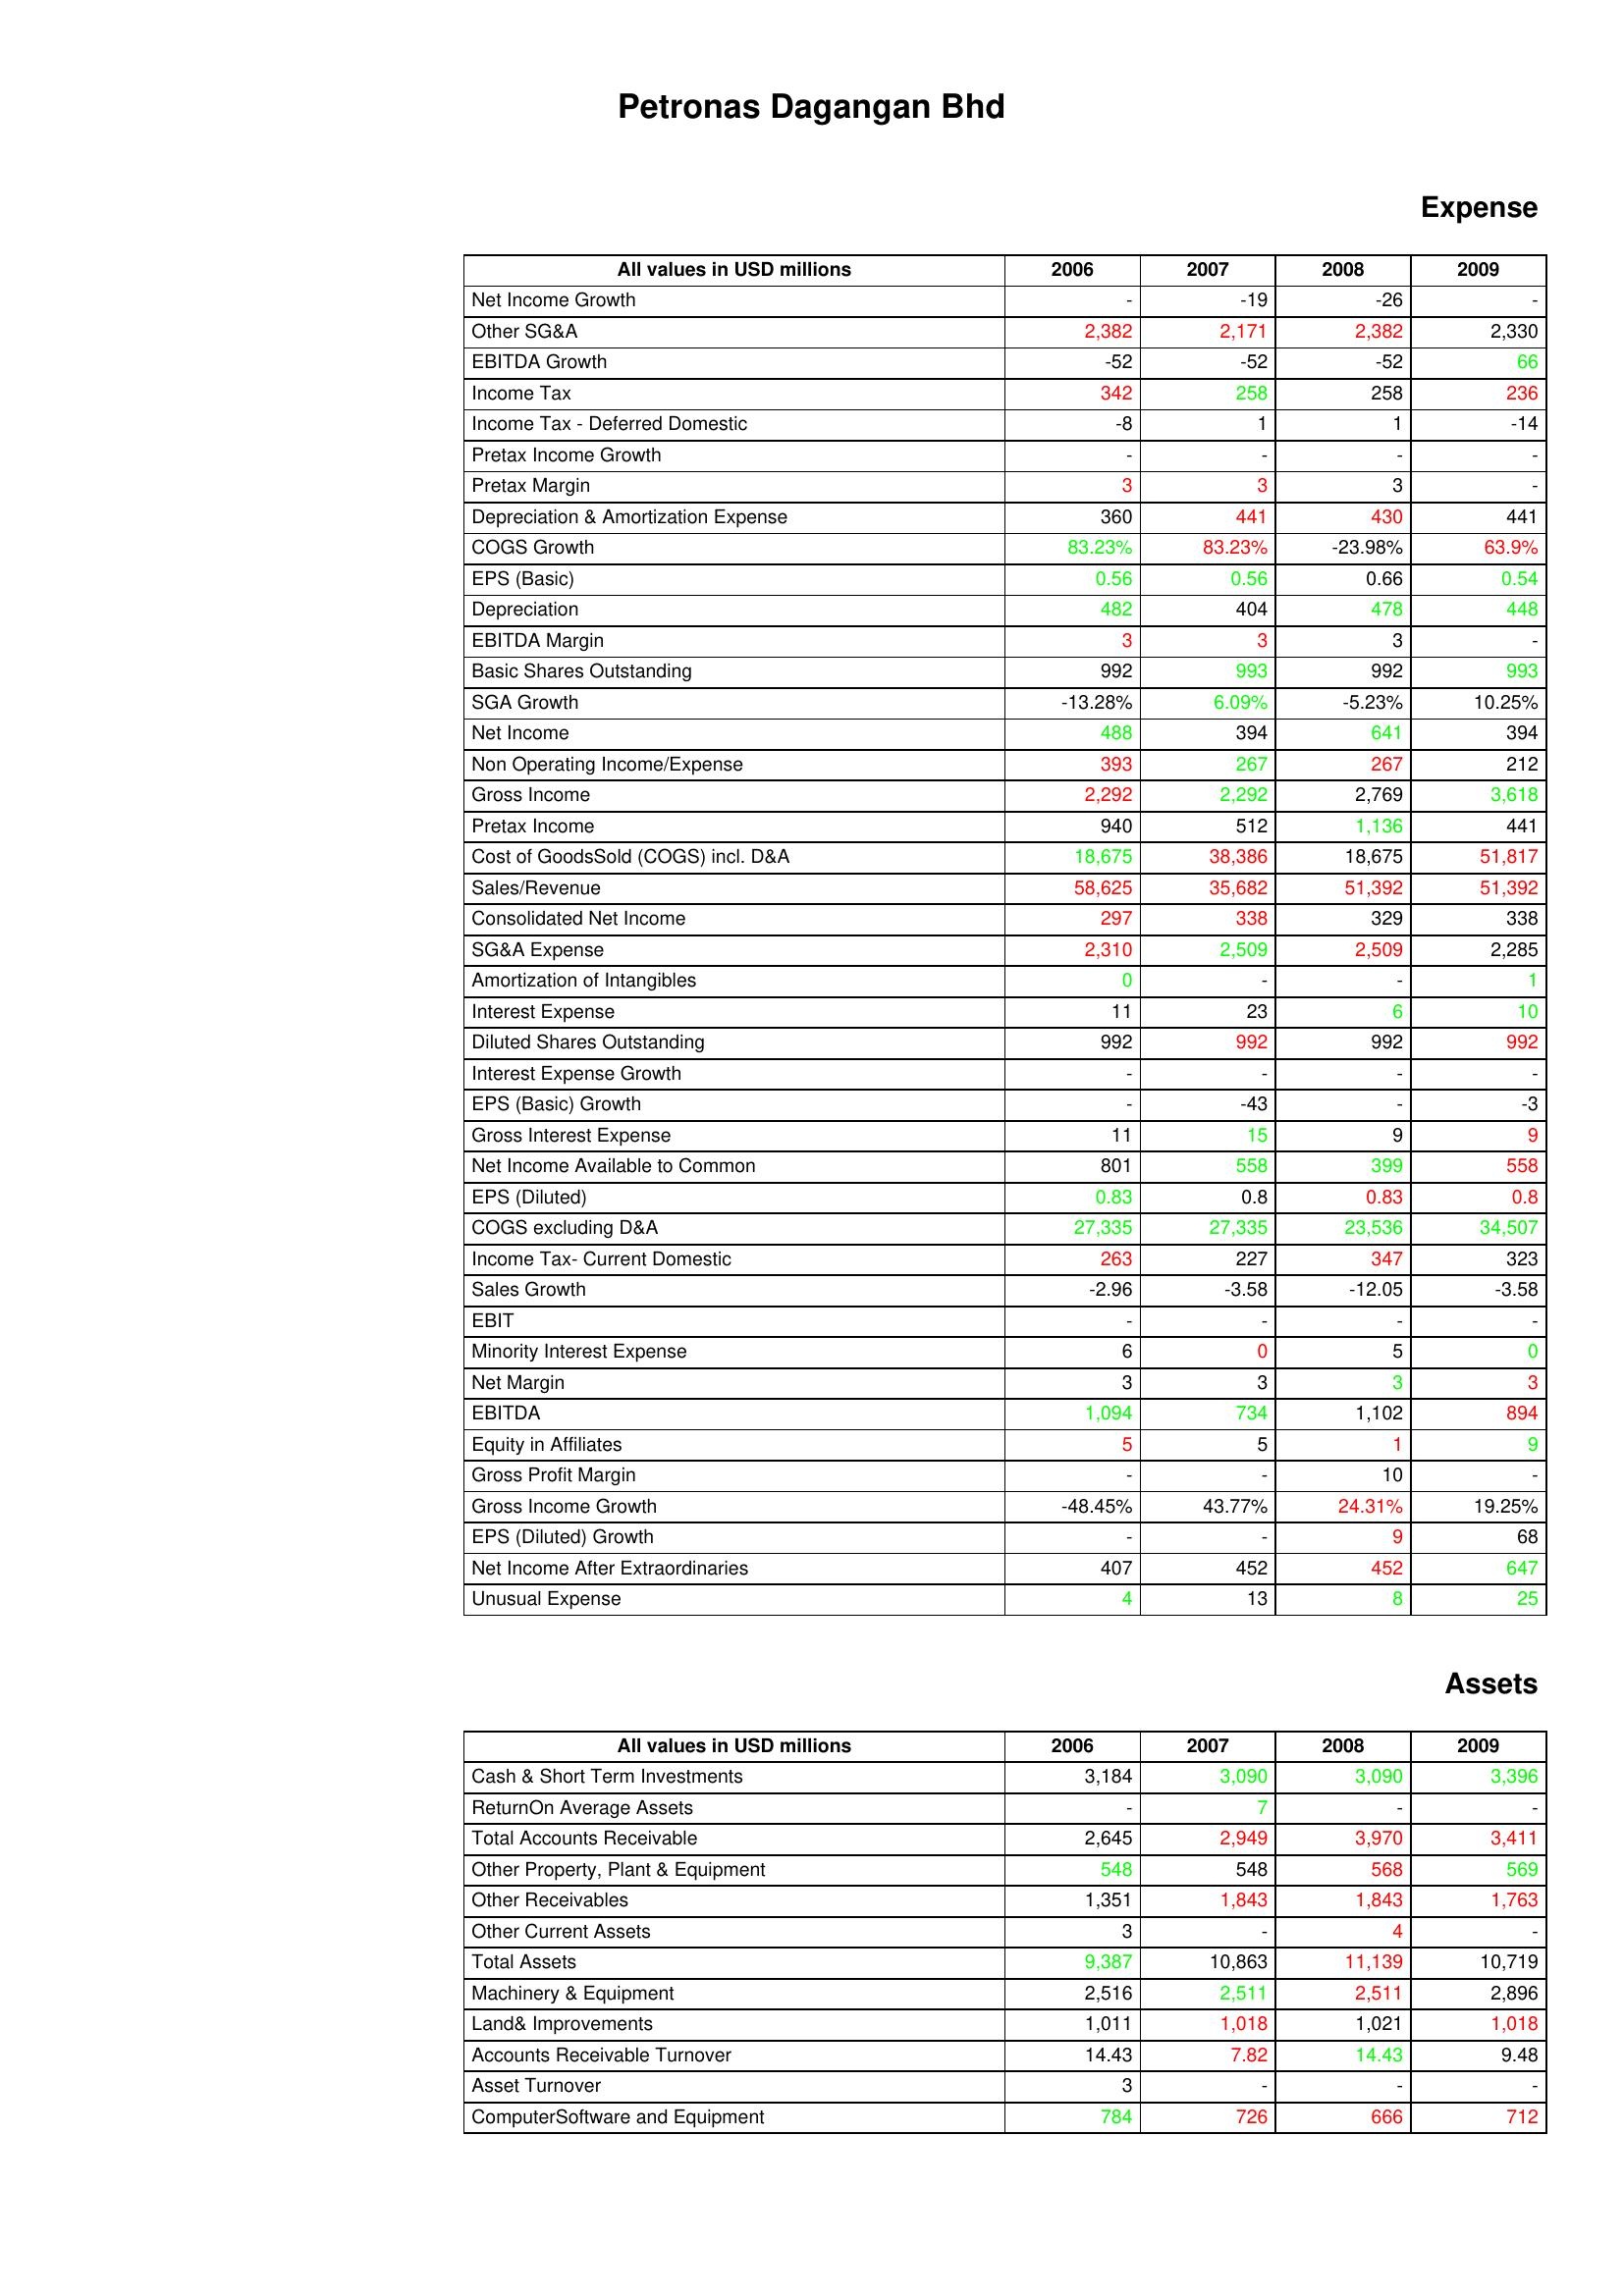
gt_parse: 2006: Expense: Net Income Growth: -
Other SG&A: 2,382
EBITDA Growth: -52
Income Tax: 342
Income Tax - Deferred Domestic: -8
Pretax Income Growth: -
Pretax Margin: 3
Depreciation & Amortization Expense: 360
COGS Growth: 83.23%
EPS (Basic): 0.56
Depreciation: 482
EBITDA Margin: 3
Basic Shares Outstanding: 992
SGA Growth: -13.28%
Net Income: 488
Non Operating Income/Expense: 393
Gross Income: 2,292
Pretax Income: 940
Cost of GoodsSold (COGS) incl. D&A: 18,675
Sales/Revenue: 58,625
Consolidated Net Income: 297
SG&A Expense: 2,310
Amortization of Intangibles: 0
Interest Expense: 11
Diluted Shares Outstanding: 992
Interest Expense Growth: -
EPS (Basic) Growth: -
Gross Interest Expense: 11
Net Income Available to Common: 801
EPS (Diluted): 0.83
COGS excluding D&A: 27,335
Income Tax- Current Domestic: 263
Sales Growth: -2.96
EBIT: -
Minority Interest Expense: 6
Net Margin: 3
EBITDA: 1,094
Equity in Affiliates: 5
Gross Profit Margin: -
Gross Income Growth: -48.45%
EPS (Diluted) Growth: -
Net Income After Extraordinaries: 407
Unusual Expense: 4
Assets: Cash & Short Term Investments: 3,184
ReturnOn Average Assets: -
Total Accounts Receivable: 2,645
Other Property, Plant & Equipment: 548
Other Receivables: 1,351
Other Current Assets: 3
Total Assets: 9,387
Machinery & Equipment: 2,516
Land& Improvements: 1,011
Accounts Receivable Turnover: 14.43
Asset Turnover: 3
ComputerSoftware and Equipment: 784
2007: Expense: Net Income Growth: -19
Other SG&A: 2,171
EBITDA Growth: -52
Income Tax: 258
Income Tax - Deferred Domestic: 1
Pretax Income Growth: -
Pretax Margin: 3
Depreciation & Amortization Expense: 441
COGS Growth: 83.23%
EPS (Basic): 0.56
Depreciation: 404
EBITDA Margin: 3
Basic Shares Outstanding: 993
SGA Growth: 6.09%
Net Income: 394
Non Operating Income/Expense: 267
Gross Income: 2,292
Pretax Income: 512
Cost of GoodsSold (COGS) incl. D&A: 38,386
Sales/Revenue: 35,682
Consolidated Net Income: 338
SG&A Expense: 2,509
Amortization of Intangibles: -
Interest Expense: 23
Diluted Shares Outstanding: 992
Interest Expense Growth: -
EPS (Basic) Growth: -43
Gross Interest Expense: 15
Net Income Available to Common: 558
EPS (Diluted): 0.8
COGS excluding D&A: 27,335
Income Tax- Current Domestic: 227
Sales Growth: -3.58
EBIT: -
Minority Interest Expense: 0
Net Margin: 3
EBITDA: 734
Equity in Affiliates: 5
Gross Profit Margin: -
Gross Income Growth: 43.77%
EPS (Diluted) Growth: -
Net Income After Extraordinaries: 452
Unusual Expense: 13
Assets: Cash & Short Term Investments: 3,090
ReturnOn Average Assets: 7
Total Accounts Receivable: 2,949
Other Property, Plant & Equipment: 548
Other Receivables: 1,843
Other Current Assets: -
Total Assets: 10,863
Machinery & Equipment: 2,511
Land& Improvements: 1,018
Accounts Receivable Turnover: 7.82
Asset Turnover: -
ComputerSoftware and Equipment: 726
2008: Expense: Net Income Growth: -26
Other SG&A: 2,382
EBITDA Growth: -52
Income Tax: 258
Income Tax - Deferred Domestic: 1
Pretax Income Growth: -
Pretax Margin: 3
Depreciation & Amortization Expense: 430
COGS Growth: -23.98%
EPS (Basic): 0.66
Depreciation: 478
EBITDA Margin: 3
Basic Shares Outstanding: 992
SGA Growth: -5.23%
Net Income: 641
Non Operating Income/Expense: 267
Gross Income: 2,769
Pretax Income: 1,136
Cost of GoodsSold (COGS) incl. D&A: 18,675
Sales/Revenue: 51,392
Consolidated Net Income: 329
SG&A Expense: 2,509
Amortization of Intangibles: -
Interest Expense: 6
Diluted Shares Outstanding: 992
Interest Expense Growth: -
EPS (Basic) Growth: -
Gross Interest Expense: 9
Net Income Available to Common: 399
EPS (Diluted): 0.83
COGS excluding D&A: 23,536
Income Tax- Current Domestic: 347
Sales Growth: -12.05
EBIT: -
Minority Interest Expense: 5
Net Margin: 3
EBITDA: 1,102
Equity in Affiliates: 1
Gross Profit Margin: 10
Gross Income Growth: 24.31%
EPS (Diluted) Growth: 9
Net Income After Extraordinaries: 452
Unusual Expense: 8
Assets: Cash & Short Term Investments: 3,090
ReturnOn Average Assets: -
Total Accounts Receivable: 3,970
Other Property, Plant & Equipment: 568
Other Receivables: 1,843
Other Current Assets: 4
Total Assets: 11,139
Machinery & Equipment: 2,511
Land& Improvements: 1,021
Accounts Receivable Turnover: 14.43
Asset Turnover: -
ComputerSoftware and Equipment: 666
2009: Expense: Net Income Growth: -
Other SG&A: 2,330
EBITDA Growth: 66
Income Tax: 236
Income Tax - Deferred Domestic: -14
Pretax Income Growth: -
Pretax Margin: -
Depreciation & Amortization Expense: 441
COGS Growth: 63.9%
EPS (Basic): 0.54
Depreciation: 448
EBITDA Margin: -
Basic Shares Outstanding: 993
SGA Growth: 10.25%
Net Income: 394
Non Operating Income/Expense: 212
Gross Income: 3,618
Pretax Income: 441
Cost of GoodsSold (COGS) incl. D&A: 51,817
Sales/Revenue: 51,392
Consolidated Net Income: 338
SG&A Expense: 2,285
Amortization of Intangibles: 1
Interest Expense: 10
Diluted Shares Outstanding: 992
Interest Expense Growth: -
EPS (Basic) Growth: -3
Gross Interest Expense: 9
Net Income Available to Common: 558
EPS (Diluted): 0.8
COGS excluding D&A: 34,507
Income Tax- Current Domestic: 323
Sales Growth: -3.58
EBIT: -
Minority Interest Expense: 0
Net Margin: 3
EBITDA: 894
Equity in Affiliates: 9
Gross Profit Margin: -
Gross Income Growth: 19.25%
EPS (Diluted) Growth: 68
Net Income After Extraordinaries: 647
Unusual Expense: 25
Assets: Cash & Short Term Investments: 3,396
ReturnOn Average Assets: -
Total Accounts Receivable: 3,411
Other Property, Plant & Equipment: 569
Other Receivables: 1,763
Other Current Assets: -
Total Assets: 10,719
Machinery & Equipment: 2,896
Land& Improvements: 1,018
Accounts Receivable Turnover: 9.48
Asset Turnover: -
ComputerSoftware and Equipment: 712